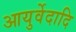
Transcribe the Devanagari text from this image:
आयुर्वेदादि